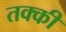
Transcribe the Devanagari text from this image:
तक्की